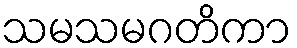
သမသမဂတိကာ